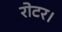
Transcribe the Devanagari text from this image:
रोटर।